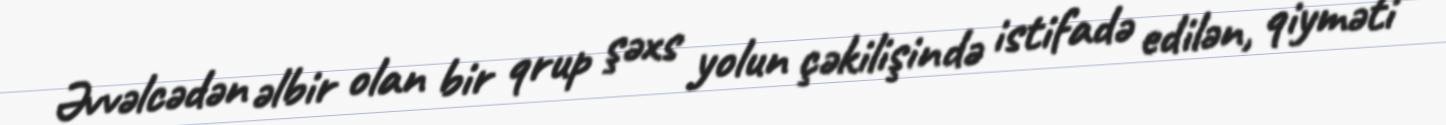
Əvvəlcədən əlbir olan bir qrup şəxs yolun çəkilişində istifadə edilən, qiyməti